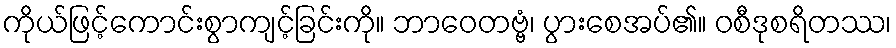
ကိုယ်ဖြင့်ကောင်းစွာကျင့်ခြင်းကို။ ဘာဝေတဗ္ဗံ၊ ပွားစေအပ်၏။ ဝစီဒုစရိတဿ၊